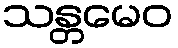
သန္တမေဝ